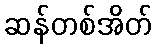
ဆန်တစ်အိတ်